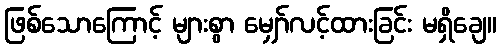
ဖြစ်သောကြောင့် များစွာ မျှော်လင့်ထားခြင်း မရှိချေ။